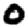
Digit: 0